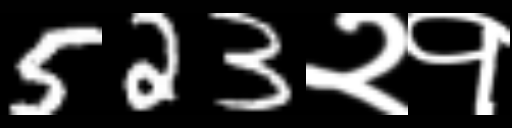
Text: 523२१